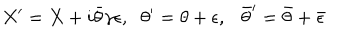
{ X ^ { \prime } = X + i \bar { \theta } \gamma \epsilon , } { } { \theta ^ { \prime } = \theta + \epsilon , { \bar { \theta } } ^ { \prime } = \bar { \theta } + \bar { \epsilon } }